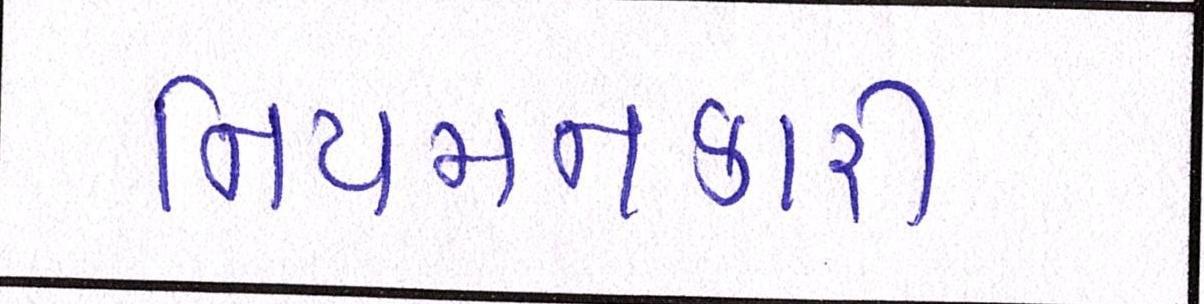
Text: નિયમનકારી